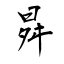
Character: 曻